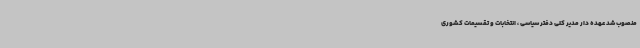
منصوب شد عهده دار مدیر کلی دفتر سیاسی ، انتخابات و تقسیمات کشوری